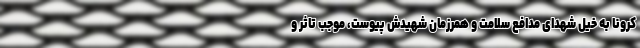
کرونا به خیل شهدای مدافع سلامت و همرزمان شهیدش پیوست، موجب تاثر و